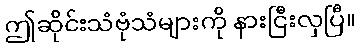
ဤဆိုင်းသံဗုံသံများကို နားငြီးလှပြီ။